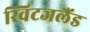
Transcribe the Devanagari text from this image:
स्विटजलैंड